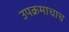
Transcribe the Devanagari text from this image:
उपक्रमाचाच